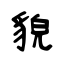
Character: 貌